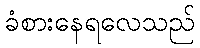
ခံစားနေရလေသည်